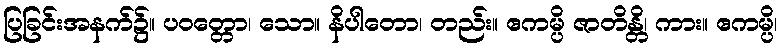
ပြခြင်းအနက်၌။ ပဝတ္တော၊ သော။ နိပါတော၊ တည်း။ ဧကမ္ပိ ဇာတိန္တိ၊ ကား။ ဧကမ္ပိ၊